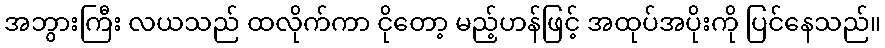
အဘွားကြီး လယသည် ထလိုက်ကာ ငိုတော့ မည့်ဟန်ဖြင့် အထုပ်အပိုးကို ပြင်နေသည်။